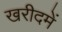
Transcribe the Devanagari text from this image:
खरीदमें